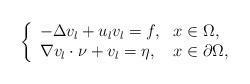
LaTeX: \begin{align*} \left\{\begin{array}{ll} -\Delta v_{l}+u_{l}v_{l}=f, &x\in\Omega,\\ \nabla v_{l}\cdot \nu+v_{l}= \eta, &x\in\partial\Omega,\end{array}\right.\end{align*}